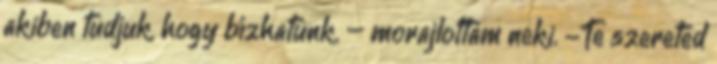
akiben tudjuk, hogy bízhatunk. – morajlottam neki. -Te szereted